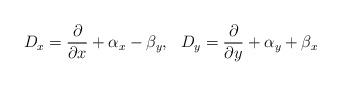
LaTeX: \begin{align*} {{D}_{x}}=\frac{\partial }{\partial x}+{{\alpha }_{x}}-{{\beta }_{y}},~~{{D}_{y}}=\frac{\partial }{\partial y}+{{\alpha }_{y}}+{{\beta }_{x}}\end{align*}